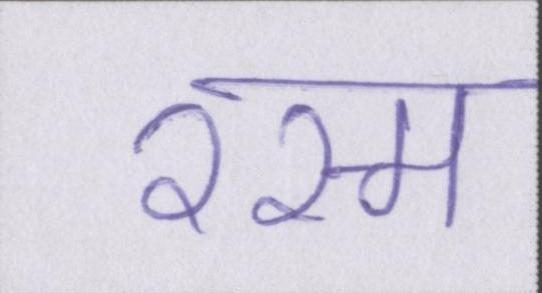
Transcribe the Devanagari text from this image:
रस्म